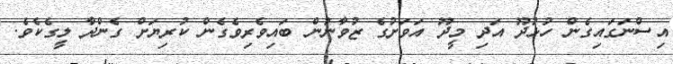
އިސްނަގައިގެން ހުޅުދޫ އަދި މީދޫ އަވަށުގެ ޒުވާނުން ބައިވެރިވެގެން ކުރިޔަށް ގެންދާ ލީގެކެވެ.